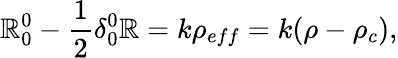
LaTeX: \mathbb{R}_{0}^{0}-\frac{{1}}{{2}}\delta_{0}^{0}\mathbb{R}=k\rho_{eff}=k(\rho-\rho_{c}),